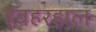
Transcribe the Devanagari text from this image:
हैंबहरहाल